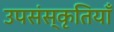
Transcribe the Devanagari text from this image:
उपसंस्कृतियाँ